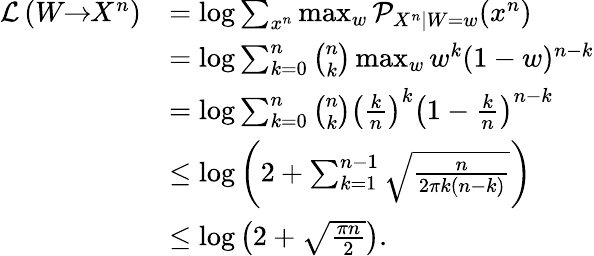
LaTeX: \begin{array}{rl}{\mathcal{L}\left(W\! \! \to\! \! X^{n}\right)}&{=\log\sum_{x^{n}}\operatorname*{max}_{w}\mathcal{P}_{X^{n}|W=w}(x^{n})}\\ &{=\log\sum_{k=0}^{n}\binom{n}{k}\operatorname*{max}_{w}w^{k}(1-w)^{n-k}}\\ &{=\log\sum_{k=0}^{n}\binom{n}{k}\left(\frac{k}{n}\right)^{k}\left(1-\frac{k}{n}\right)^{n-k}}\\ &{\leq\log\left(2+\sum_{k=1}^{n-1}\sqrt{\frac{n}{2\pi k(n-k)}}\right)}\\ &{\leq\log\left(2+\sqrt{\frac{\pi n}{2}}\right).}\end{array}